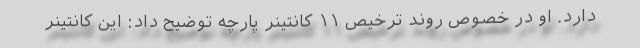
دارد. او در خصوص روند ترخیص ۱۱ کانتینر پارچه توضیح داد: این کانتینر